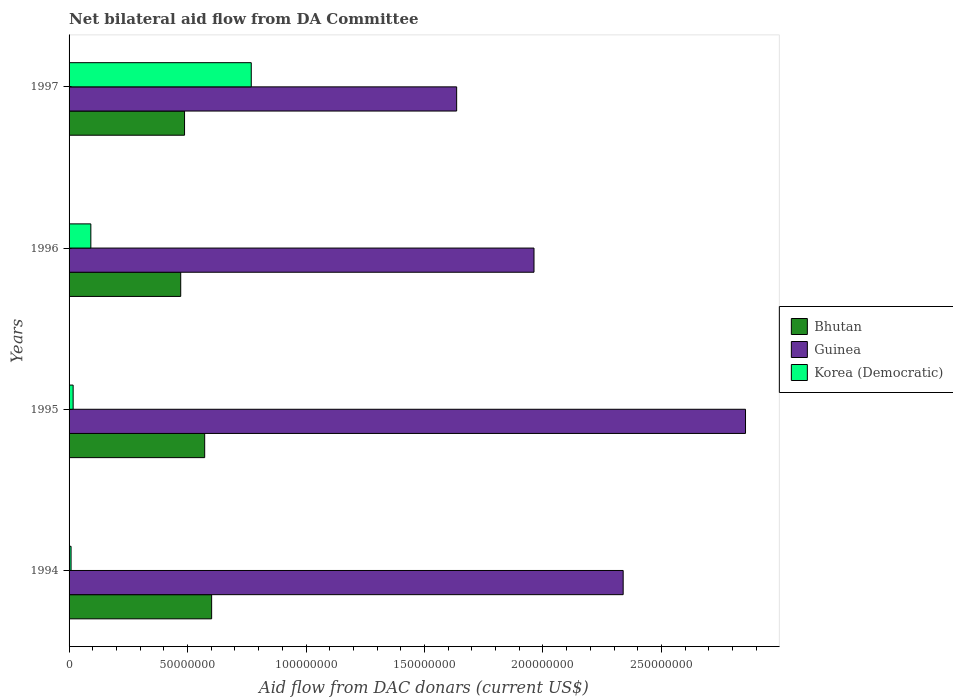
| Years | Bhutan | Guinea | Korea (Democratic) |
 | --- | --- | --- | --- |
 | 1994 | 6.02e+07 | 2.34e+08 | 8.4e+05 |
 | 1995 | 5.72e+07 | 2.85e+08 | 1.72e+06 |
 | 1996 | 4.71e+07 | 1.96e+08 | 9.19e+06 |
 | 1997 | 4.87e+07 | 1.64e+08 | 7.69e+07 |